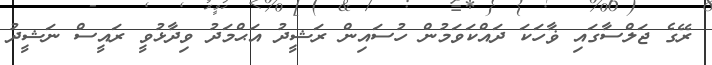
ރޭގެ ޖަލްސާގައި ޥާހަކަ ދައްކަވަމުން ހުސައިން ރަޝީދު އަޙްމަދު ވިދާޅުވީ ރައީސް ނަޝީދު